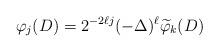
LaTeX: \begin{align*} \varphi_j(D) =2^{-2\ell j}(-\Delta)^\ell \widetilde\varphi_k (D) \end{align*}